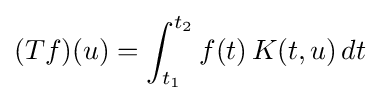
(Tf)(u)=\int _{t_{1}}^{t_{2}}f(t)\,K(t,u)\,dt